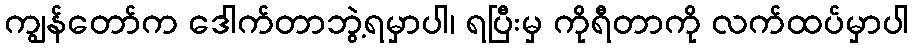
ကျွန်တော်က ဒေါက်တာဘွဲ့ရမှာပါ၊ ရပြီးမှ ကိုရီတာကို လက်ထပ်မှာပါ